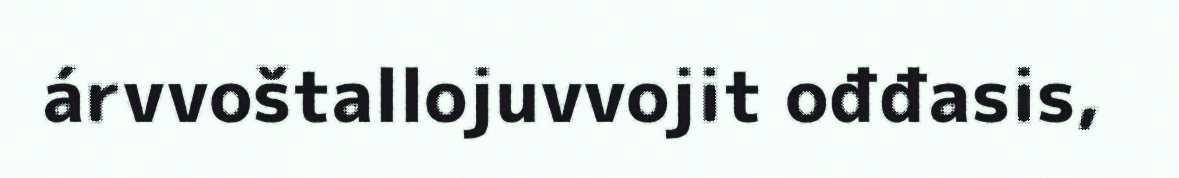
árvvoštallojuvvojit ođđasis,